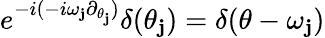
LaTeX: e^{-i(-i\omega_{\mathbf{j}}\partial_{\theta_{\mathbf{j}}})}\delta(\theta_{\mathbf{j}})=\delta(\theta-\omega_{\mathbf{j}})